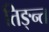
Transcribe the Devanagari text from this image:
तिङ्न्त